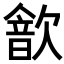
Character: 𣤗